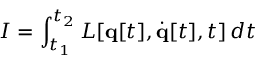
I = \int _ { t _ { 1 } } ^ { t _ { 2 } } L [ \mathbf { q } [ t ] , { \dot { \mathbf { q } } } [ t ] , t ] \, d t